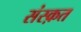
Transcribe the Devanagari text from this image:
संस्‍क़त